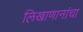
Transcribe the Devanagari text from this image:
लिखाणानांचा